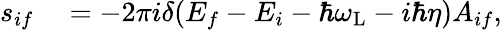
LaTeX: \begin{array}{rl}{s_{if}}&{{}=-2\pi i\delta(E_{f}-E_{i}-\hbar\omega_{\mathrm{L}}-i\hbar\eta)A_{if},}\end{array}